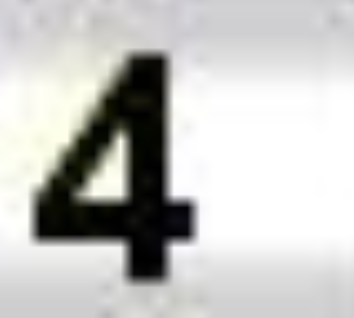
Digit: 4